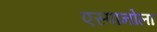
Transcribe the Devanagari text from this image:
एस्पानोला